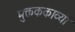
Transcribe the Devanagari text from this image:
मुक्तककाव्यों